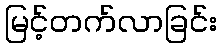
မြင့်တက်လာခြင်း